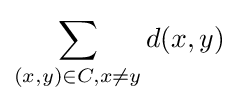
\sum _{(x,y)\in C,x\neq y}d(x,y)